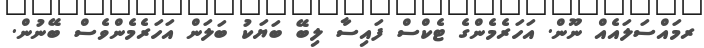
ރމައްސަލައެއް ނޫން. އަހަރެމެންގެ ޓެކްސް ފައިސާ ލިބޭ ބަޔަކު ބަލަން އަހަރެމެންވެސް ބޭނުން.